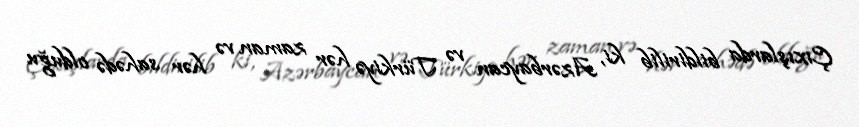
Çıxışlarda bildirilib ki, Azərbaycan və Türkiyə hər zaman və hər sahədə olduğu